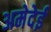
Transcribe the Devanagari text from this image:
अमेदेई